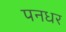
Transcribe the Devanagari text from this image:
पनधर